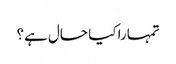
تمہارا کیا حال ہے؟